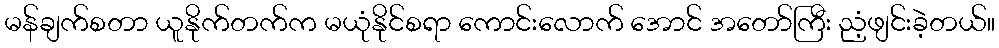
မန်ချက်စတာ ယူနိုက်တက်က မယုံနိုင်စရာ ကောင်းလောက် အောင် အတော်ကြီး ညံ့ဖျင်းခဲ့တယ်။